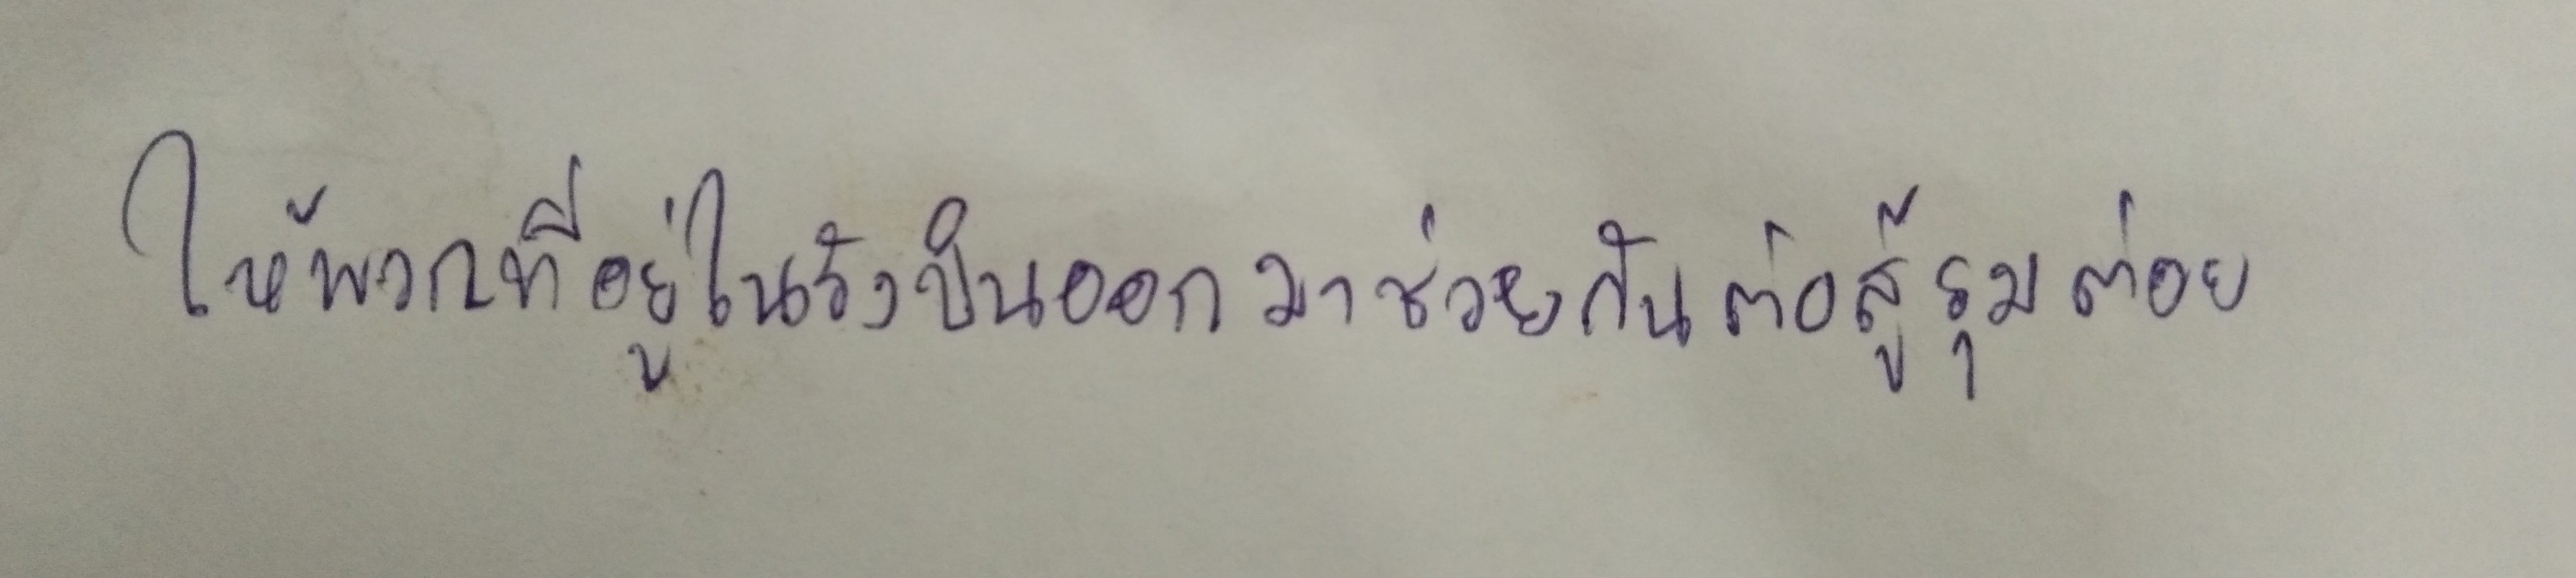
ให้พวกที่อยู่ในรังบินออกมาช่วยกันต่อสู้รุมต่อย